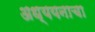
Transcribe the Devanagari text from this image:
अध्ययनाचा